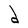
Character: d